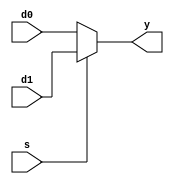
module mux2 #(parameter WIDTH = 8)
(
	input  wire [WIDTH-1:0] d0,
	input  wire [WIDTH-1:0] d1,
	input  wire             s,
	output wire [WIDTH-1:0] y
);

assign y = s ? d1 : d0;

endmodule